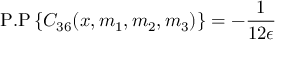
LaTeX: \mathrm { P . P } \left\{ C _ { 3 6 } ( x , m _ { 1 } , m _ { 2 } , m _ { 3 } ) \right\} = - \frac { 1 } { 1 2 \epsilon }